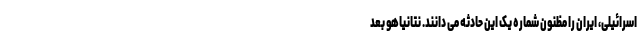
اسرائیلی، ایران را مظنون شماره یک این حادثه می دانند. نتانیاهو بعد